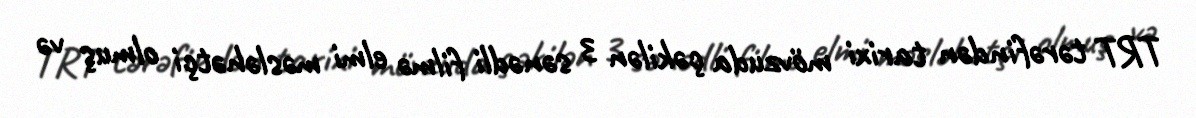
TRT tərəfindən tarixi mövzuda çəkilən 3 sənədli filmə elmi məsləhətçi olmuş və